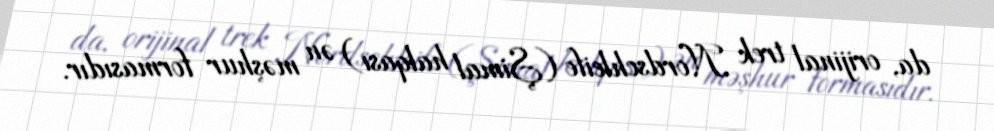
da, orijinal trek Nordschleife (Şimal halqası) ən məşhur formasıdır.